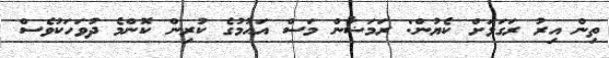
ތިން އިރު ރަގަޅަށް ކެޔުން: ރަމަޟާން މަސް އައުމުގެ ކުރިން ކޮންމެ ދުވަހަކުވެސް